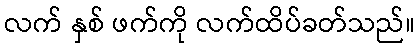
လက် နှစ် ဖက်ကို လက်ထိပ်ခတ်သည်။